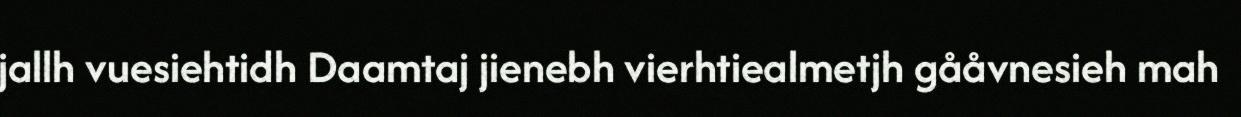
jallh vuesiehtidh Daamtaj jienebh vierhtiealmetjh gååvnesieh mah